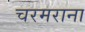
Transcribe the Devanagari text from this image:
चरमराना